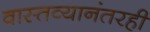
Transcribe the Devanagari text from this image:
वास्तव्यानंतरही